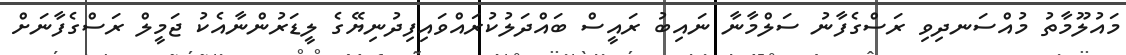
މައުލޫމާތު މުއްސަނދިވި ރަސްގެފާނު ސަލްމާނާ ނައިބު ރައީސް ބައްދަލުކުރައްވައިފިދުނިޔޭގެ ލީޑަރުންނާއެކު ޖަމީލް ރަސްގެފާނަށް